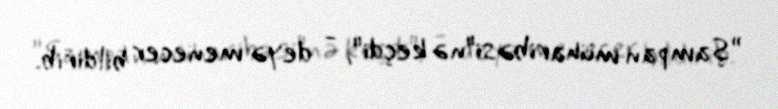
”şampan müharibəsi"nə keçdi", - deyə menecer bildirib.